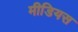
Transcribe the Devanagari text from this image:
मीडियस